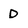
Character: D